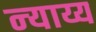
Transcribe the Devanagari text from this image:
न्‍याय्य